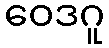
ဝေဒဂူ